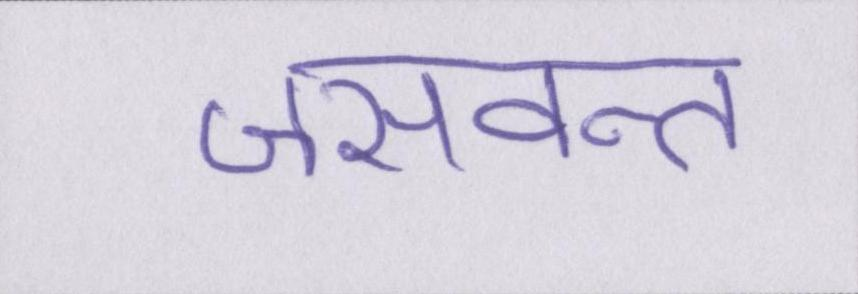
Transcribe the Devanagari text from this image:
जसवन्त